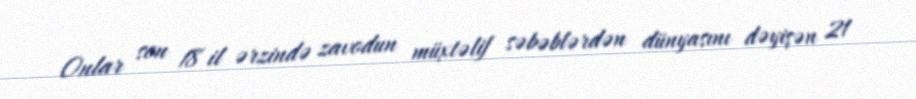
Onlar son 18 il ərzində zavodun müxtəlif səbəblərdən dünyasını dəyişən 21